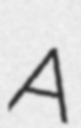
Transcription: A